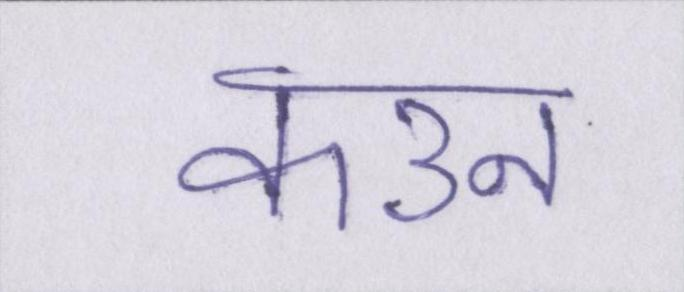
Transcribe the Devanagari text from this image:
कउन